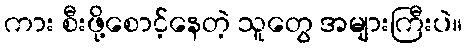
ကား စီးဖို့စောင့်နေတဲ့ သူတွေ အများကြီးပဲ။